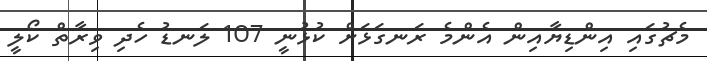
މެޗުގައި އިންޑިޔާއިން އެންމެ ރަނގަޅަށް ކުޅުނީ 107 ލަނޑު ހެދި ވިރާތް ކޯލީ